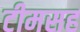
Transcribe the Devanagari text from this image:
टीमसह